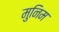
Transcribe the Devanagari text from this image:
मुनिम